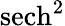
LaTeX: \operatorname{sech}^{2}